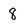
Character: 8